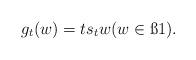
LaTeX: \begin{align*}g_t(w)=ts_tw (w\in\ss1).\end{align*}